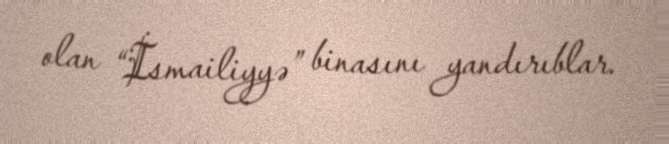
olan “İsmailiyyə” binasını yandırıblar.